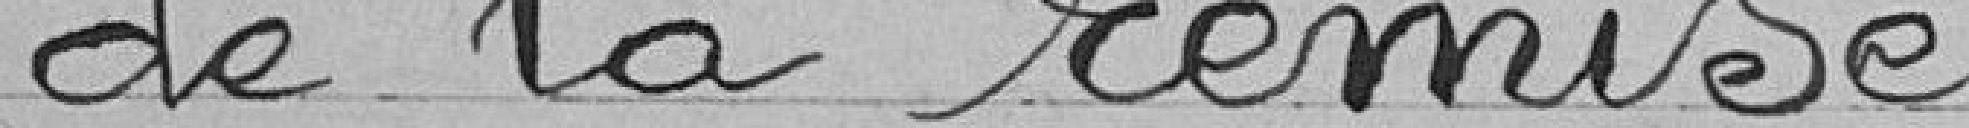
de la remise